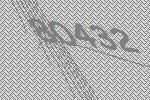
80432